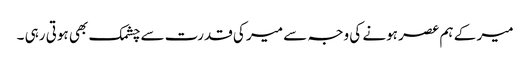
میر کے ہم عصر ہونے کی وجہ سے میر کی قدرت سے چشمک بھی ہوتی رہی ۔